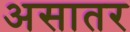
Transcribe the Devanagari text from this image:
असातर